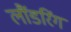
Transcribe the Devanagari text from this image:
लौंडरिंग